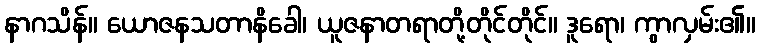
နာဂသိန်။ ယောဇနသတာနိခေါ၊ ယူဇနာတရာတို့တိုင်တိုင်။ ဒူရော၊ ကွာလှမ်း၏။